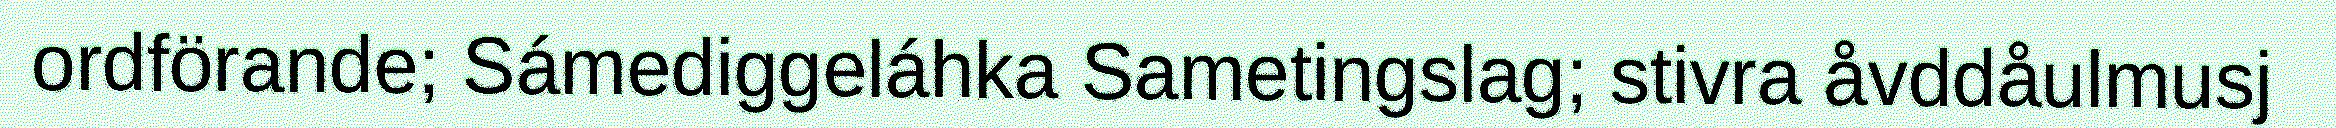
ordförande; Sámediggeláhka Sametingslag; stivra åvddåulmusj